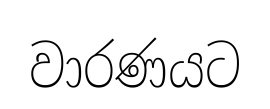
වාරණයට